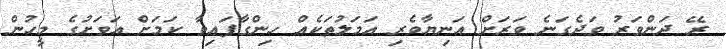
ރޭ ދަންވަރު ވަދެގަނެ ވަރަށް އަނިޔާވެރި އަމަލުތަކެއް ހިންގާފައިވާ ކަމަށް އަވަށުގެ މީހުން